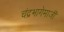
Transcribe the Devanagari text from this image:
चंद्रभागेमाजीं